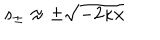
s _ { \pm } \approx \pm \sqrt { - 2 \kappa x }